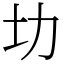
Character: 㘦